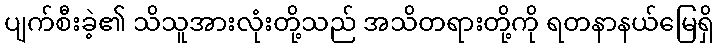
ပျက်စီးခဲ့၏ သိသူအားလုံးတို့သည် အသိတရားတို့ကို ရတနာနယ်မြေရှိ